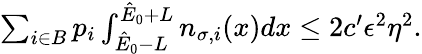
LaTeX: \begin{array}{r}{\sum_{i\in B}p_{i}\int_{\hat{E}_{0}-L}^{\hat{E}_{0}+L}n_{\sigma,i}(x)dx\leq 2c^{\prime}\epsilon^{2}\eta^{2}.}\end{array}